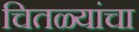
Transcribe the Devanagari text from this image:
चितळ्यांचा